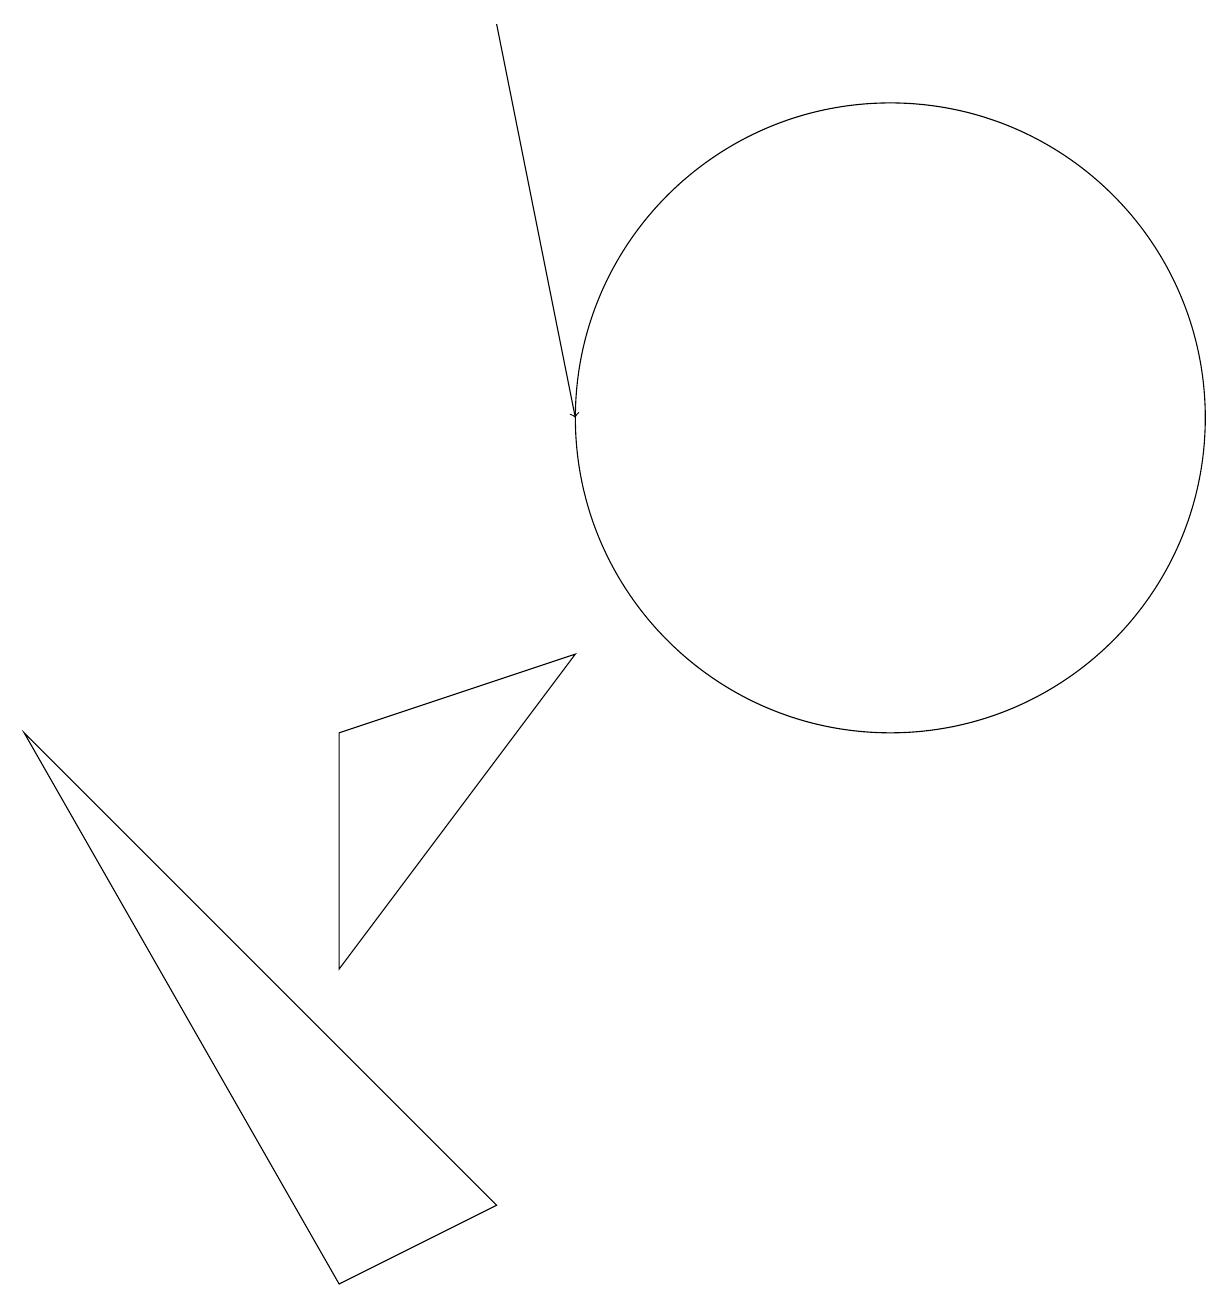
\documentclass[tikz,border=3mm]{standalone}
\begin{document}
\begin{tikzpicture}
\draw (12,12) circle (0);
\draw (6,1) -- (4,0) -- (0,7) -- cycle;
\draw (11,11) circle (4);
\draw[->] (6,16) -- (7,11);
\draw (4,4) -- (4,7) -- (7,8) -- cycle;
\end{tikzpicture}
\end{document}